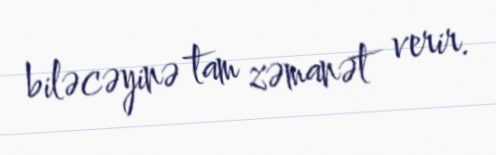
biləcəyinə tam zəmanət verir.